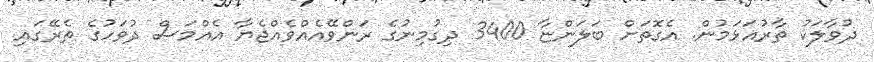
ދުވާލަކު ތާރުއަޅަމުން. އެގޮތަށް ބަލަންޏާ 3400 ދިގުމިނުގެ ރަންވޭއެއްވެއްޖެޔާ އެއްމަސް ދުވަހުގެ ތެރޭގައި